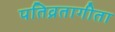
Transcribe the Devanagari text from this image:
पतिव्रतागीता